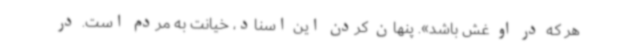
هر که در او غش باشد». پنهان کردن این اسناد، خیانت به مردم است. در